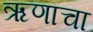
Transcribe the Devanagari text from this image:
ऋणाचा